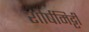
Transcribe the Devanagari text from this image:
शीर्षमिट्टी